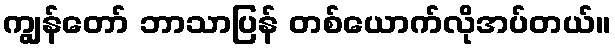
ကျွန်တော် ဘာသာပြန် တစ်ယောက်လိုအပ်တယ်။